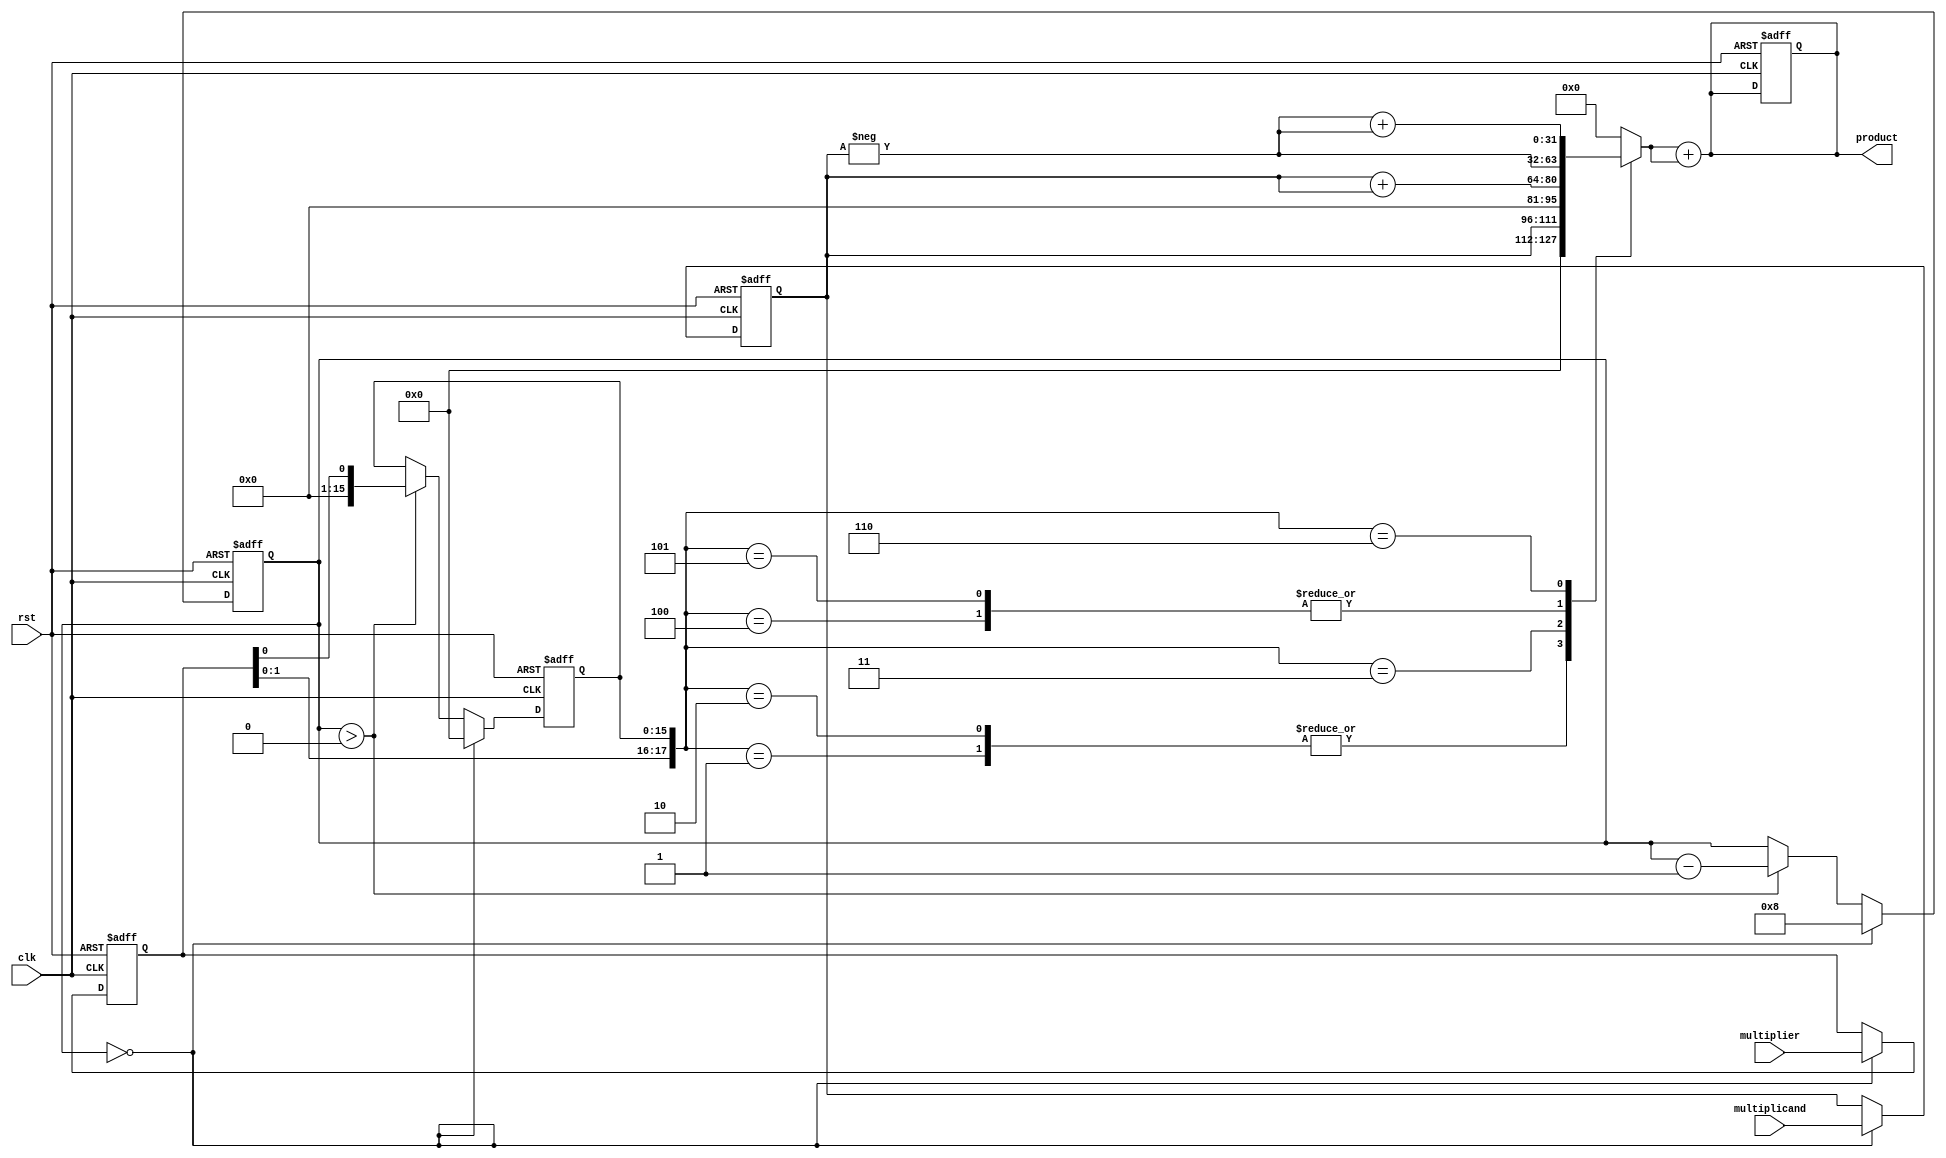
module radix4_multiplier (
    input wire clk,
    input wire rst,
    input wire [15:0] multiplicand, // 16-bit multiplicand
    input wire [15:0] multiplier,    // 16-bit multiplier
    output reg [31:0] product        // 32-bit product
);

    reg [15:0] A, Q;         // A: Multiplicand, Q: Multiplier
    reg [15:0] Q_1;         // Q-1 for Booth's algorithm
    reg [31:0] partial_products [0:7]; // Array of partial products
    reg [3:0] count;        // Count for the number of cycles

    // Booth Encoder
    always @(*) begin
        case ({Q[1:0], Q_1}) // Look at two bits of Q and Q-1
            3'b000: partial_products[0] = 0;
            3'b001: partial_products[0] = A;      // +A
            3'b010: partial_products[0] = A;      // +A
            3'b011: partial_products[0] = A + A;  // +2A
            3'b100: partial_products[0] = -A;     // -A
            3'b101: partial_products[0] = -A;     // -A
            3'b110: partial_products[0] = -A + (-A); // -2A
            3'b111: partial_products[0] = 0;      // 0
            default: partial_products[0] = 0;
        endcase
    end

    // Partial Product Generation
    always @(*) begin
        // Generate partial products based on encoded values
        partial_products[1] = partial_products[0]; // For demonstration, just using one for now
        
        // Additional partial products can be generated here
        // For a full implementation, you would expand this logic
    end

    // Final Adder Tree
    always @(*) begin
        product = partial_products[0] + partial_products[1]; // Simple addition for demonstration
        // You would implement a more complex adder tree for a full implementation
    end

    // Sequential Logic for State Management
    always @(posedge clk or posedge rst) begin
        if (rst) begin
            A <= 0;
            Q <= 0;
            Q_1 <= 0;
            product <= 0;
            count <= 0;
        end else begin
            if (count == 0) begin
                A <= multiplicand; // Load multiplicand
                Q <= multiplier;    // Load multiplier
                Q_1 <= 0;          // Initialize Q-1
                count <= 8;        // Set count for 8 cycles (for 16 bits)
            end else if (count > 0) begin
                // Update Q_1
                Q_1 <= Q[0];

                // Perform encoding and generate partial products
                // This is where you would call your partial product generation logic
                // and perform the necessary shifts and additions.

                // Shift A and Q for next iteration
                // Logic for shifting and updating A, Q, and Q_1 would go here

                count <= count - 1; // Decrement the count
            end
        end
    end

endmodule